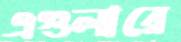
এগুলারে